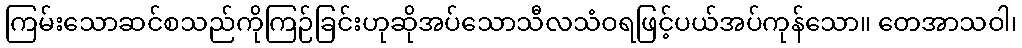
ကြမ်းသောဆင်စသည်ကိုကြဉ်ခြင်းဟုဆိုအပ်သောသီလသံဝရဖြင့်ပယ်အပ်ကုန်သော။ တေအာသဝါ၊